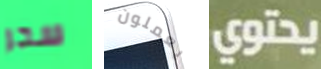
سحر يعملون يحتوي